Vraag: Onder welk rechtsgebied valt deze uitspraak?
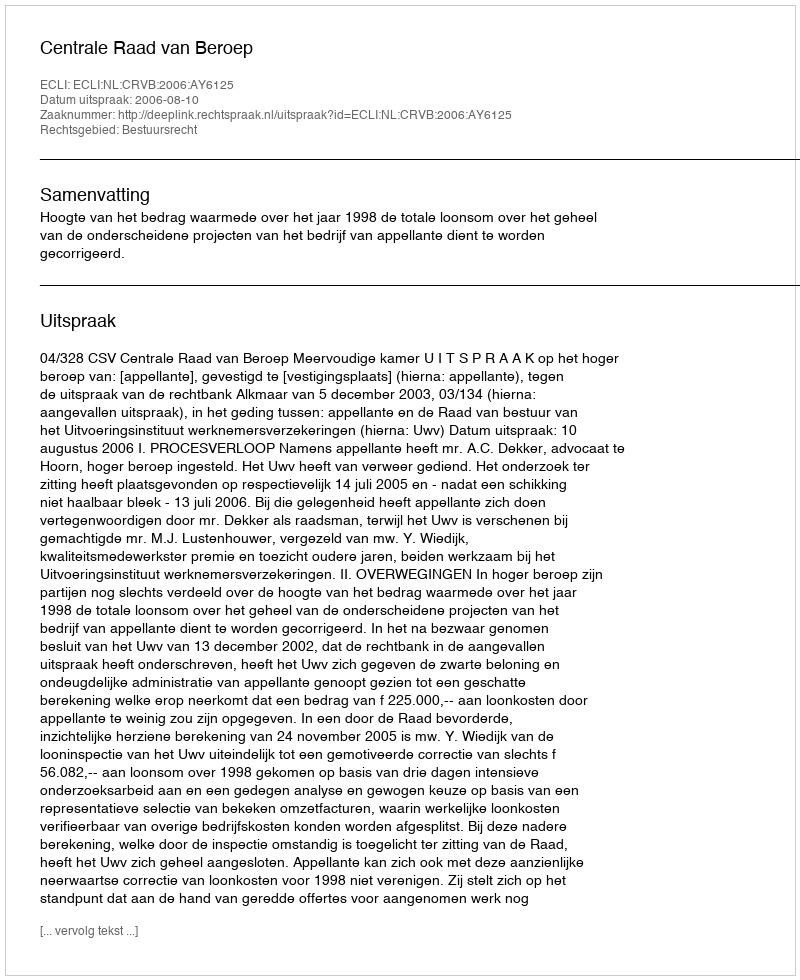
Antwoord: Bestuursrecht